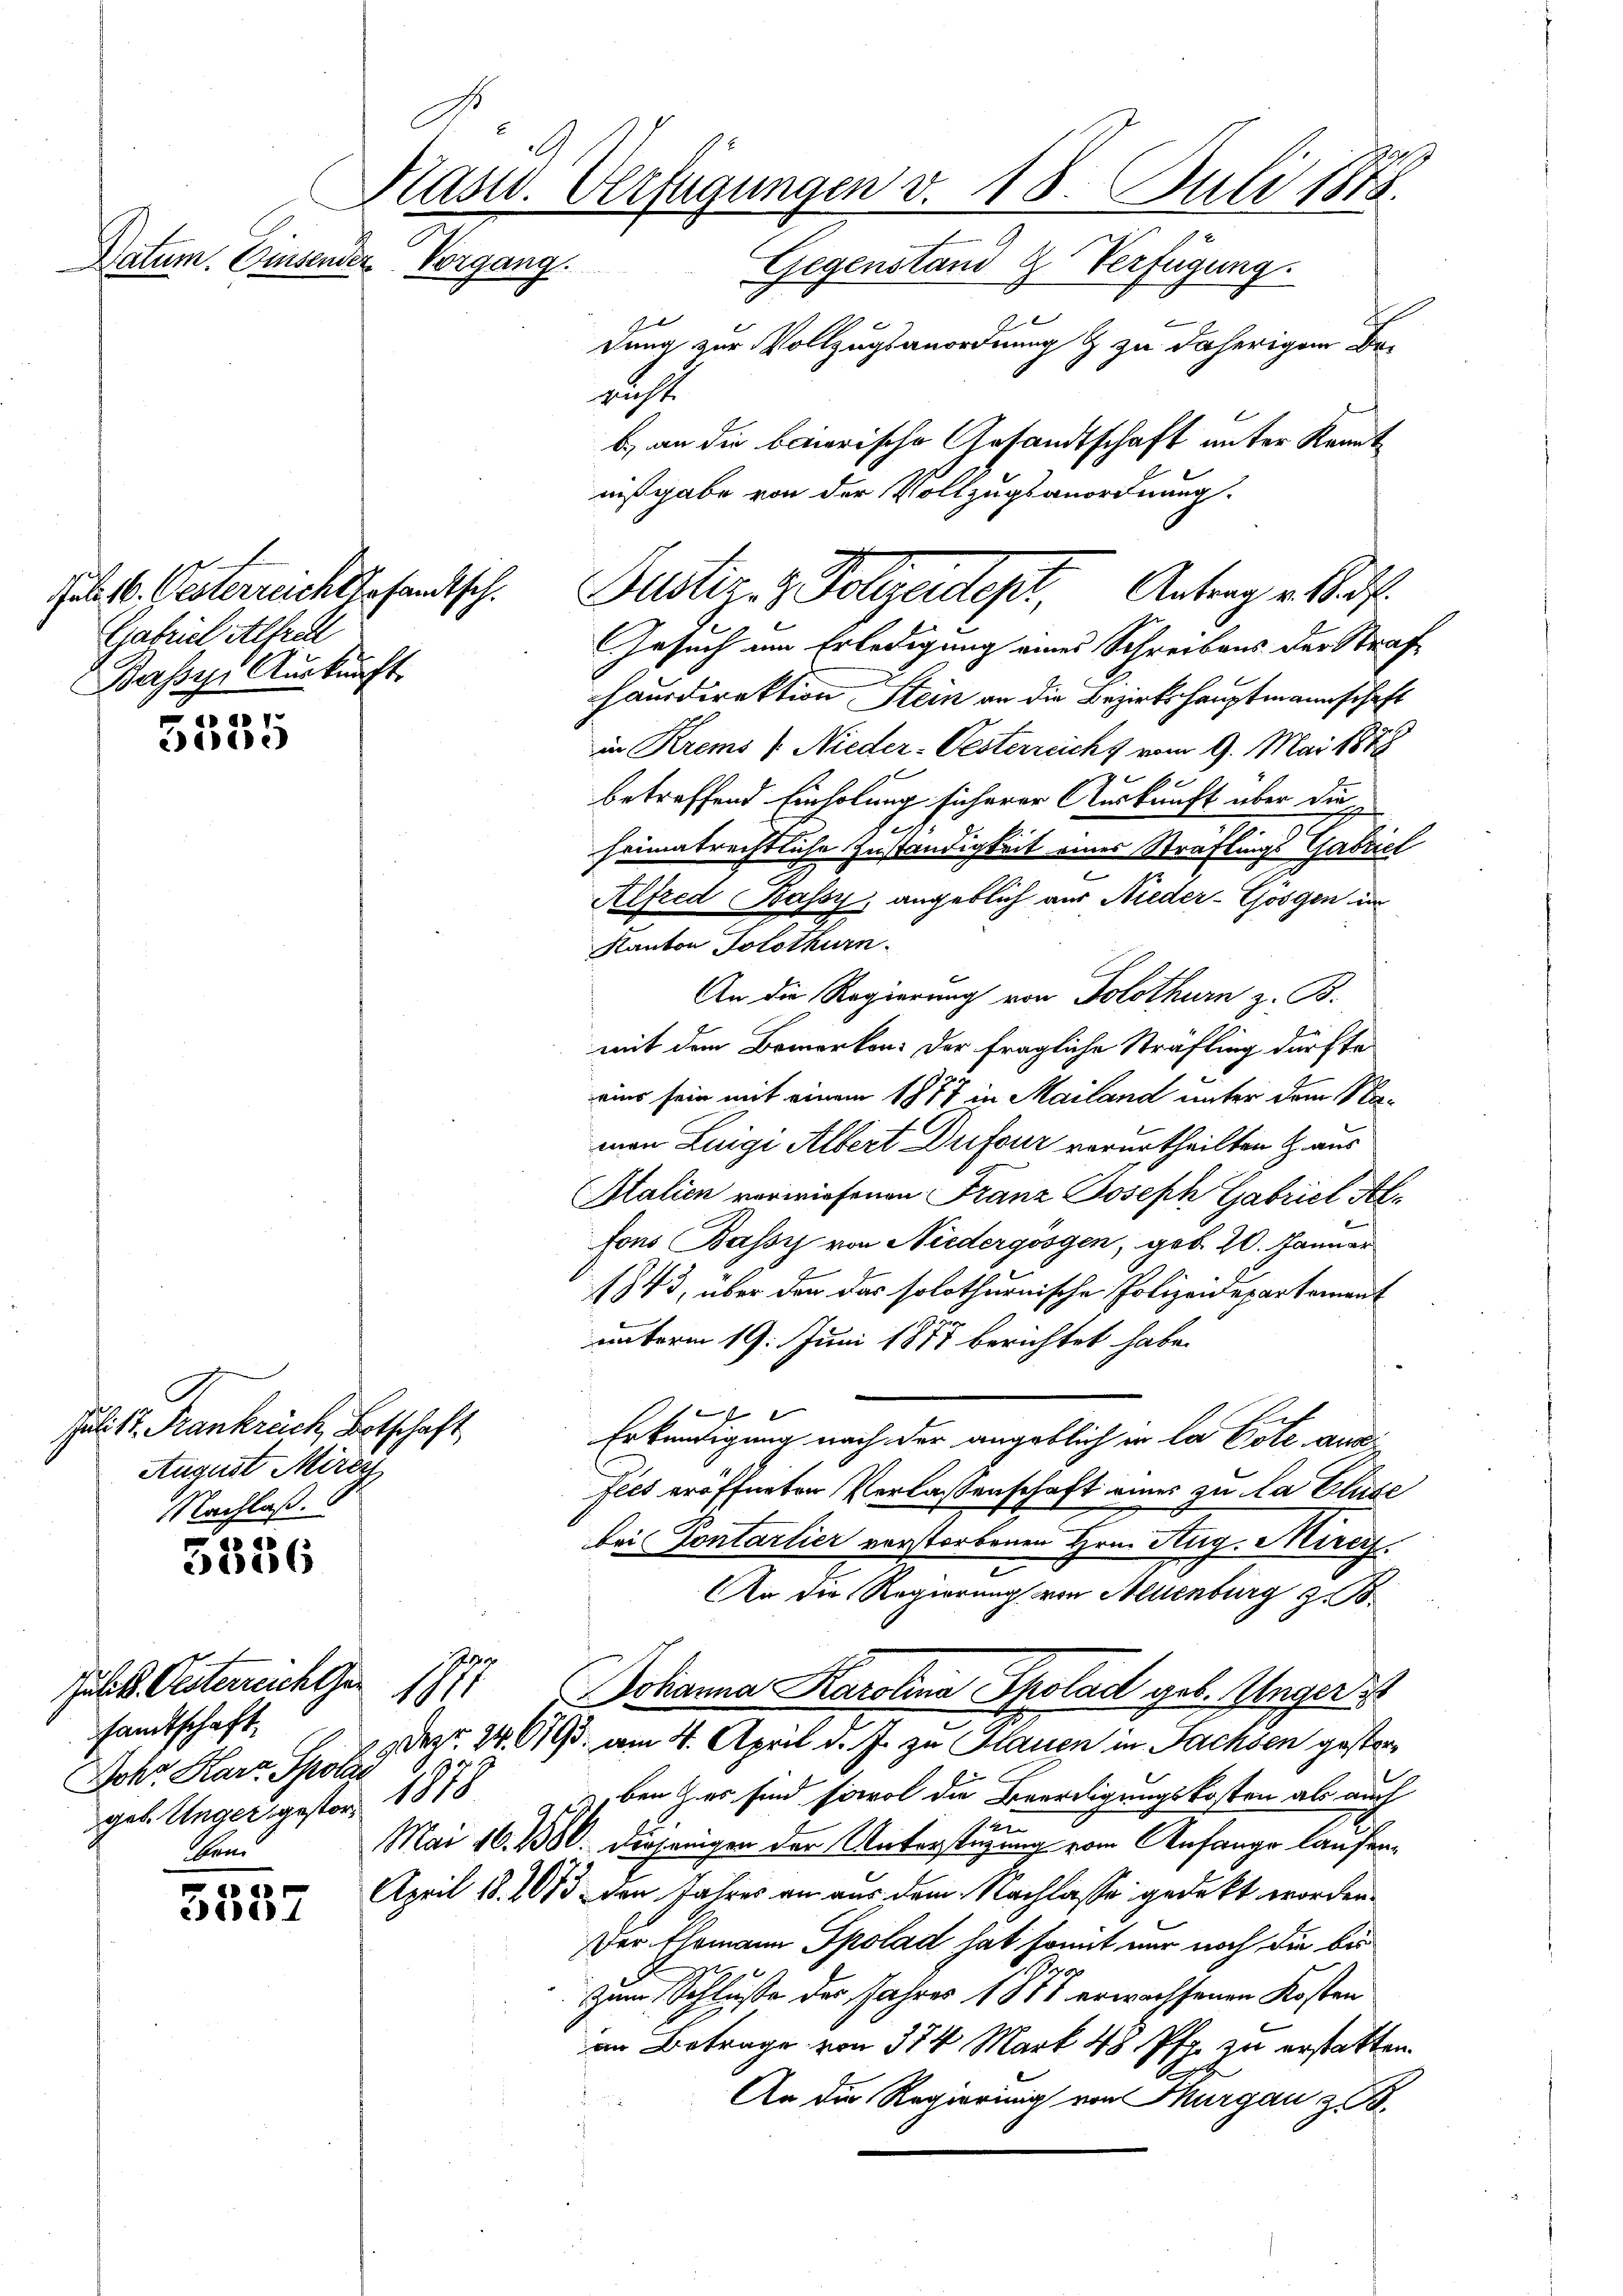
9
Kasw. Verfügungen v. 18. Juli 1818.
Datum. Einsender Vorgang.
Gegenstand Z. Verfügung.
dung zur Vollzugsanordnung & zu daherigen Be¬

a
ette

Jul. St. Frankreich, Betschaft
August Mitey
Nachlaß.

5356

Jul. 16. Oesterreicht gesandtsch.
Gabriel Alfred
Basser Auskunft

Jul. k. Oesterrechter 1871
sandtschaft,
Dohr. Harz Spolan
gel. Unger gester 1878
ben
.
5557

nicht
b) an die baierische Gesandtschaft unter Kenntaßgabe von der Vollzugsanordnung.
Gesuch um Erledigung eines Schreibens der Strafe
hausdirektion Stein an die Bezirkshauptmannschaft
in Krems [Nieder-Oesterreicht vom 9. Mai 1878
betreffend Einholung sicherer Auskunft über die
heimatrechtliche Zuständigkeit eines Straflings Gabriel
Alfred Bassy, angeblich aus Nieder-Gösgen im
Kanton Solothurn.
An die Regierung von Solothurn z. B.
mit dem Bemerken: Der fragliche Strafling dürfte
wins sein mit einem 1877 in Mailand unter dem Namen Luigi Albert Drifour verurtheilten Z. aus
Italien vorwiesenen Franz Joseph Gabriel Alfons Bassis von Niedergossen, geb. 20. Januar
1843, über den das solothurnische Polizendepartement
unterm 19. Juni 1877 berichtet habe.

Erkundigung nach der angeblich in la Pote ausfees eröffneten Verlassenschaft eines zu la Cluse
bei Pontarlier verstorbenen Hrn. Aug. Mire.
u
An die Regierung von Neuenburg z. B.
Johanna Karolina Skolad geb. Unger
Dez. 24. 693. am 4. April d. J. zu Hauen in Fachsen gesteruben & es sind sowol die Beerdigungskosten als auch
. 4
Mai 16. 1300. diejenigen der Unterstüzung vom Anfange laufen¬
April 18. 10/3 von Jahres an aus dem Nachlasse gedeckt worden.
Der Ehemann Spolad hat somit nur noch die bei
Zum Schlusse des Jahres 1877 erwachsenen Kosten
an Betrage von 374 Mark 48 Pfg. zu erstatten.
An die Regiering von Thurgau zu

Justiz & Polizeidet Antrag auf